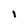
Character: l